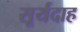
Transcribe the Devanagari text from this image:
सूर्यदाह